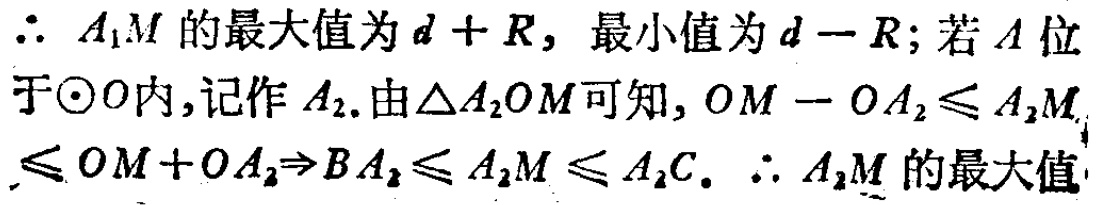
$\therefore A_{1}M$ 的最大值为 $d + R$，最小值为 $d - R$; 若 $A$ 位于$\odot O$内,记作 $A_{2}$. 由$\triangle A_{2}OM$可知, $OM - OA_{2}\leq A_{2}M\leq OM + OA_{2}\Rightarrow BA_{2}\leq A_{2}M\leq A_{2}C$. $\therefore A_{2}M$ 的最大值